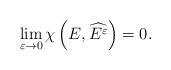
LaTeX: \begin{align*}\lim_{\varepsilon \rightarrow 0} \chi\left(E, \widehat{{E^\varepsilon}}\right)=0.\end{align*}